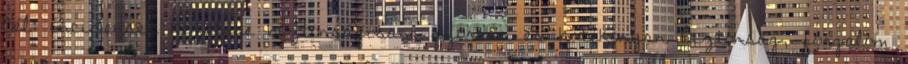
Cél: incidensek kezelése biztonságosan, gyorsan és hatékonyan Biztonság, forgalom